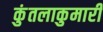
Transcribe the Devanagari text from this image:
कुंतलाकुमारी